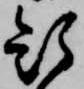
題